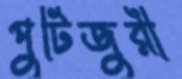
পুটিজুরী